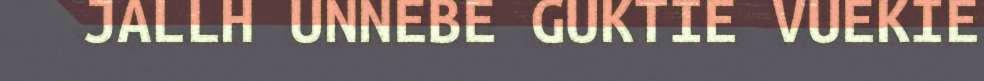
JALLH UNNEBE GUKTIE VUEKIE